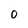
Character: 0